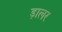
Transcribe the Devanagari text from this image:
डा़लर